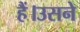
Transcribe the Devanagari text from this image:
हैं।उसने